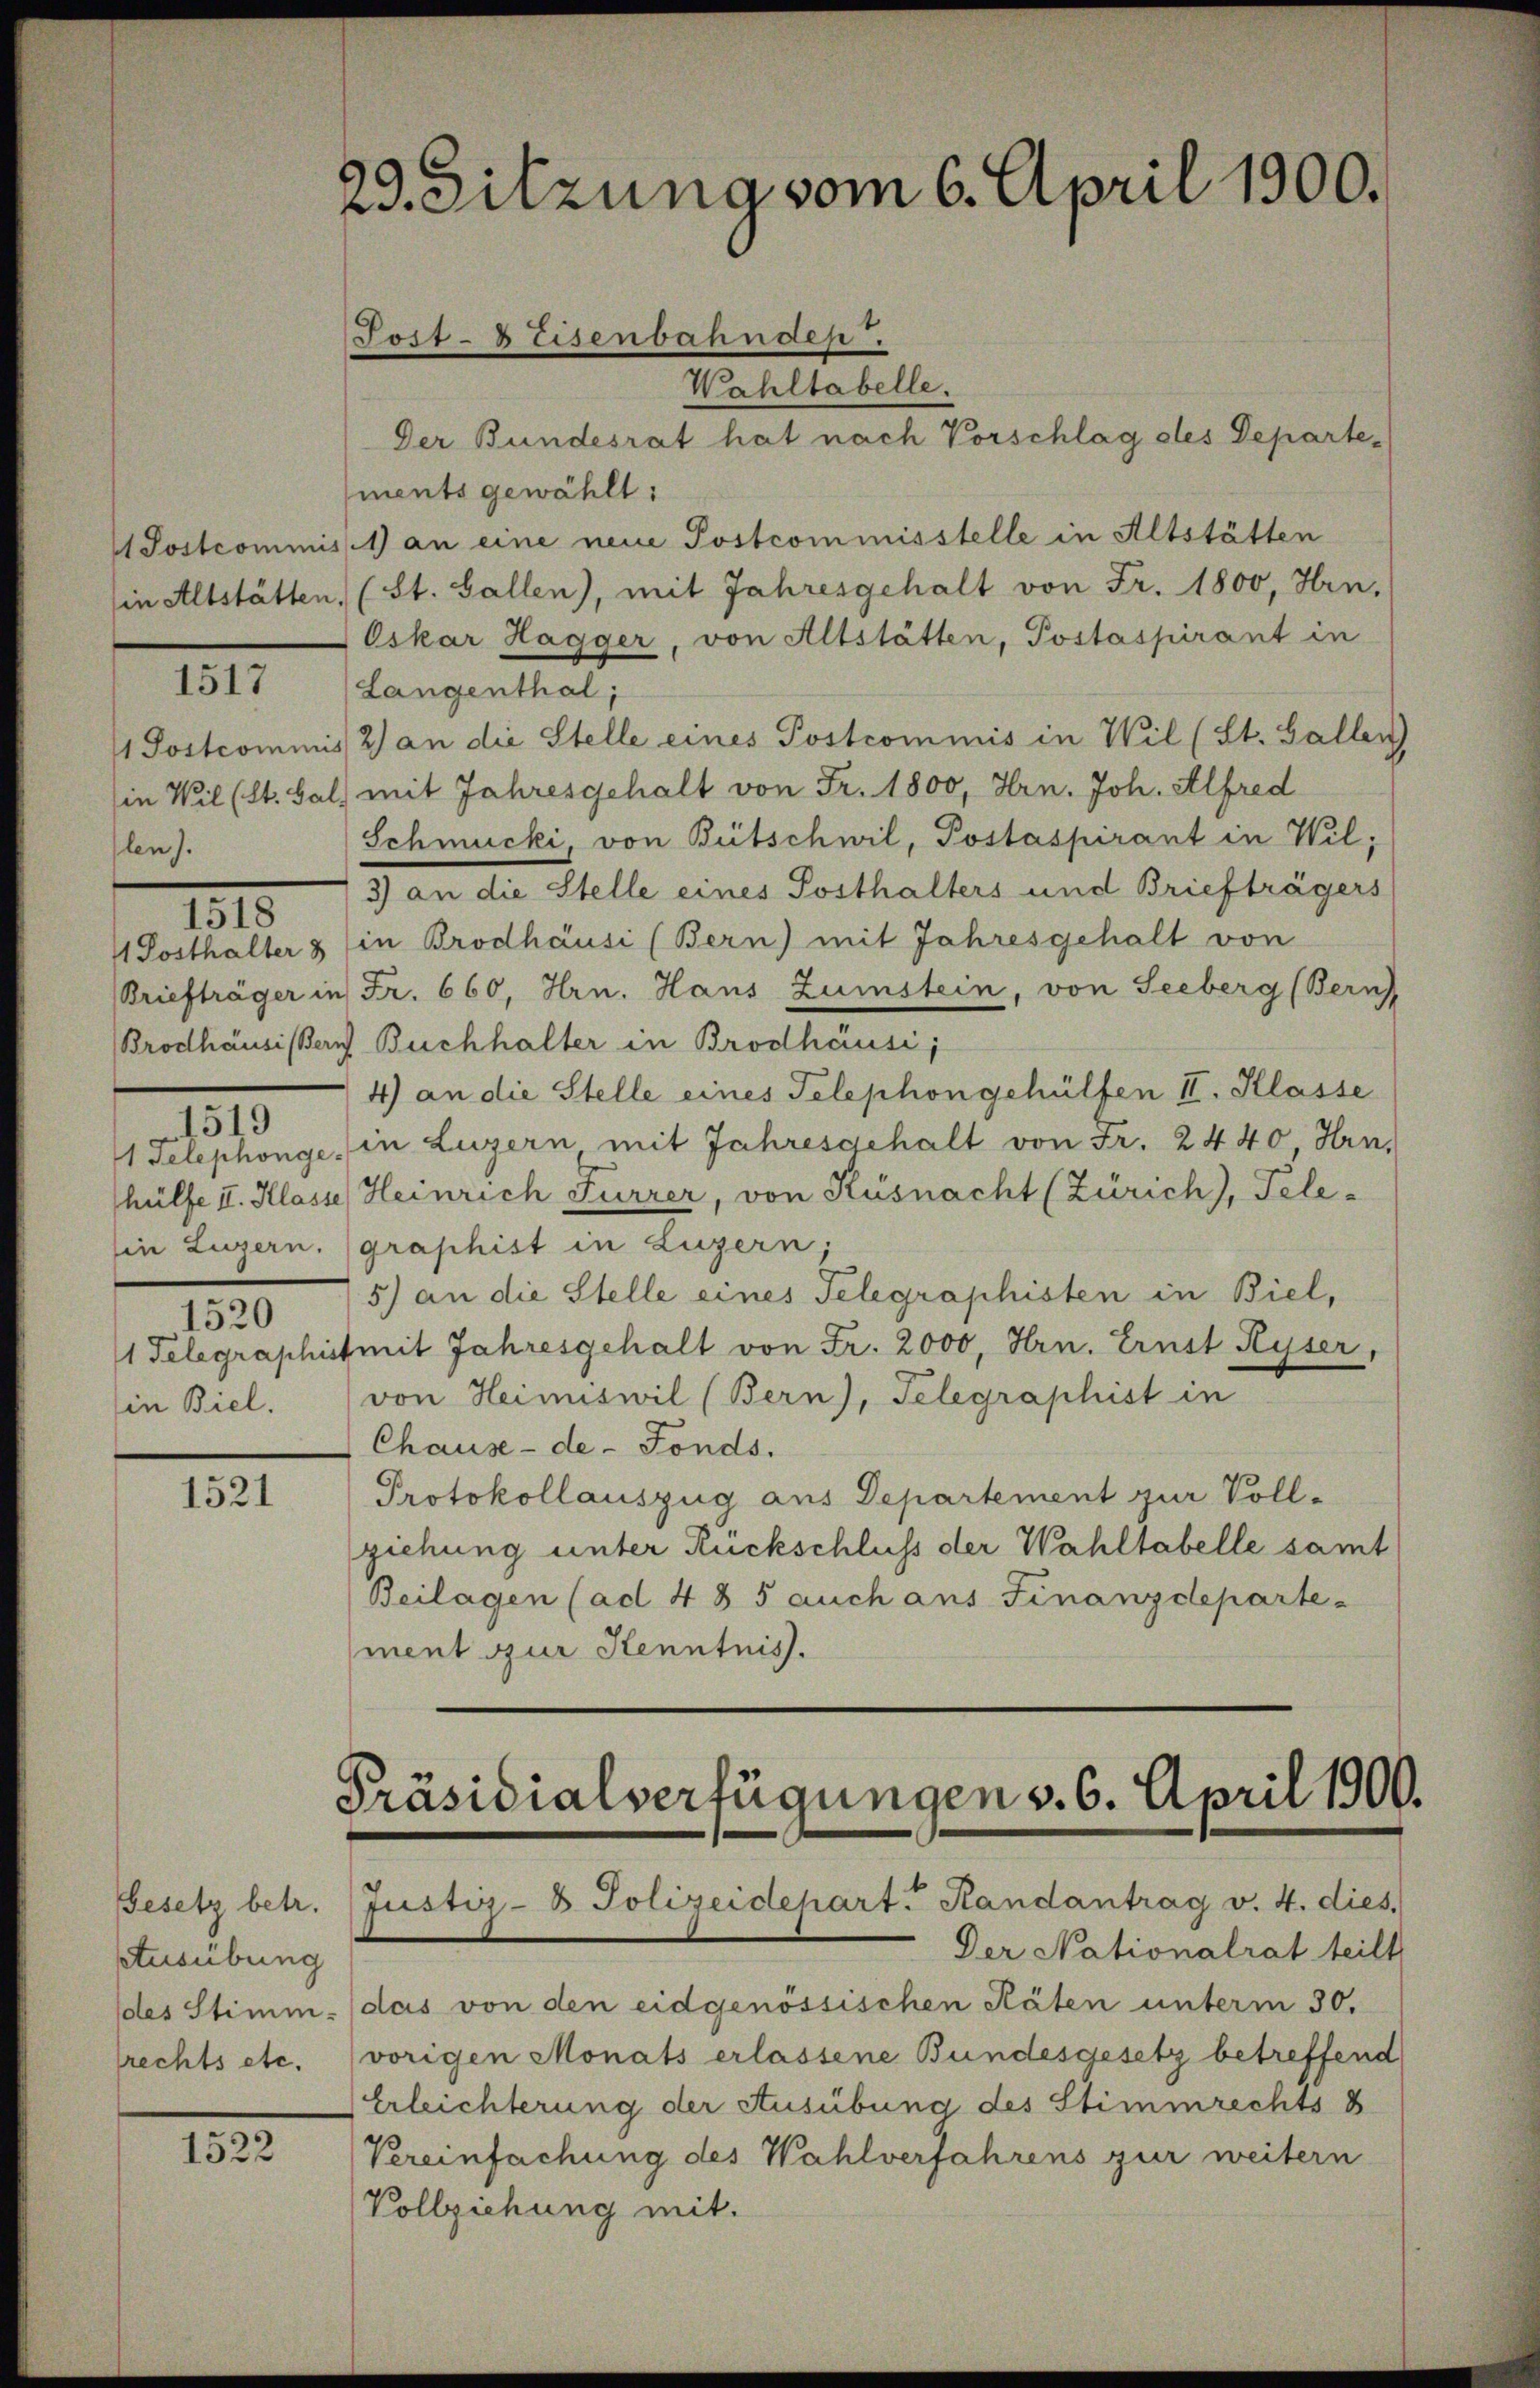
1517

len).

IIII

1520
in Biel.

1519

1521

Gesetz betr.
Ausübung
des Stimm
rechts etc.

1522

23. Sitzung vom 6. April 1900.

Wahltabelle.
Der Bundesrat hat nach Vorschlag des Departements gewählt:
1 Postcommis. 1) an eine neue Postcommisstelle in Altstätten
in Altstätten, (St. Gallen), mit Jahresgehalt von Fr. 1800, Hrn.
Oskar Hagger, von Altstätten, Postaspirant in
Langenthal;
 Postcommis 2) an die Stelle eines Postcommis in Wil (St. Gallen
in Wil (St. Gal) mit Jahresgehalt von Fr. 1800, Hrn. Joh. Alfred
Schmucki, von Bütschwil, Postaspirant in Wil;
3) an die Stelle eines Posthalters und Briefträgers
4 Posthalter & in Brodhäusi (Bern) mit Jahresgehalt von
Briefträger in Fr. 660, Hrn. Haus Zumstein, von Seeberg (Bern,
Brodhäusisten Buchhalter in Brodhäusi;
4) an die Stelle eines Telephongehülfen II. Klasse
1 Telephonge, in Luzern mit Jahresgehalt von Fr. 2440, Hrn.
hülfe II. Klasse Heinrich Furrer, von Küsnacht (Zürich), Pele-
hin Luzern. (graphist in Luzern.
5) an die Stelle eines Telegraphisten in Biel,
1 Telegraphist mit Jahresgehalt von Fr. 2000, Hrn. Ernst Ryser,
von Heimiswil (Bern), Telegraphist in
Chause-de-Fonds.
Protokollauszug aus Departement zur Vollziehung unter Rückschluss der Wahltabelle samt
Beilagen (ad 485 auch ans Finanzdeparte
ment zur Kenntnis.

Tost- & Eisenbahnden.

Präsidialverfügungen v. 6. April 1900.
Justiz- & Polizeidepart. Randantrag v. 4. dies

Der Nationalrat teilt
das von den eidgenössischen Räten unterm 30.
vorigen Monats erlassene Bundesgesetz betreffend
Erleichterung der Ausübung des Stimmrechts B
Vereinfachung des Wahlverfahrens zur weitern
Vollziehung mit.